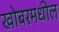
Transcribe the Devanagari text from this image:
खोबरमधील